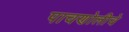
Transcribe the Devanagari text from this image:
पाचणोलीचे